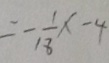
= - \frac { 1 } { 1 8 } x - 4